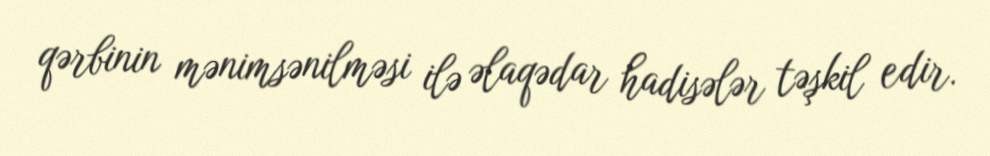
qərbinin mənimsənilməsi ilə əlaqədar hadisələr təşkil edir.